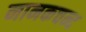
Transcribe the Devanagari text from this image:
नानकचन्द